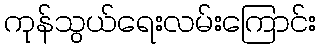
ကုန်သွယ်ရေးလမ်းကြောင်း